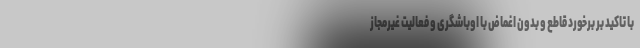
با تاکید بر برخورد قاطع و بدون اغماض با اوباشگری و فعالیت غیرمجاز